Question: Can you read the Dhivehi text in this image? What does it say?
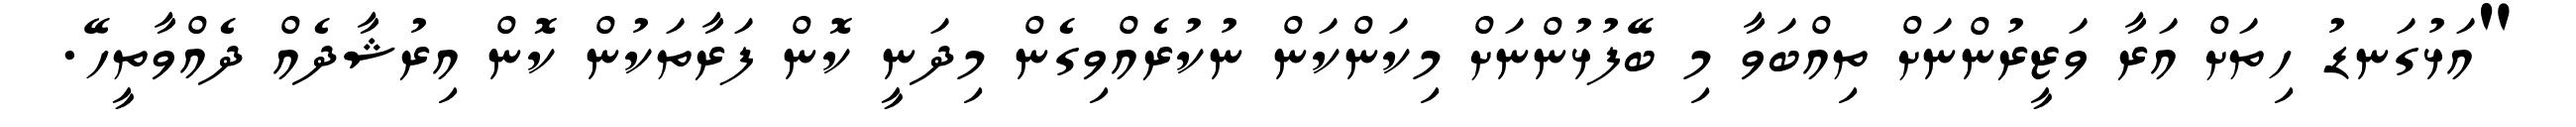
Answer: "އަޅުގަނޑު ހިތަށް އަރާ ވަޒީރުންނަށް ތިއްބަވާ މި ބޭފުޅުންނަށް މިކަންކަން ނުކުރެއްވިގެން މިދަނީ ކޮން ފަރާތަކުން ކޮން އިރުޝާދެއް ދެއްވާތީހޭ.